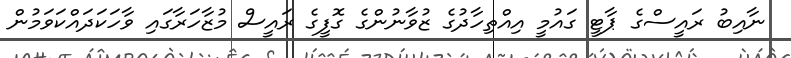
ނާއިބު ރައީސްގެ ޕާޓީ ގައުމީ އިއްތިހާދުގެ ޒުވާނުންގެ ގޮފީގެ ރައީސް މުޒާހަރާގައި ވާހަކަދައްކަވަމުން